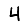
Digit: 4